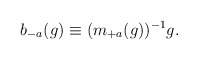
\begin{align*}b_{-a}(g) \equiv (m_{+a}(g))^{-1} g. \end{align*}